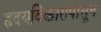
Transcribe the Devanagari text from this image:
हृदयविकारापासून